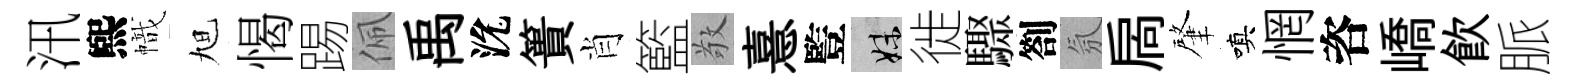
汛煕幟旭愒踢佩禹沇簣肖籃敬憙䜿妹徙驟劄氛扄肇嗔惘咨嶠飮脈